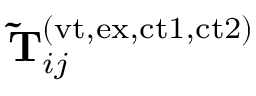
\mathbf { \widetilde { T } } _ { i j } ^ { ( \mathrm { v t , e x , c t 1 , c t 2 } ) }